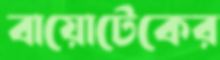
বায়োটেকের